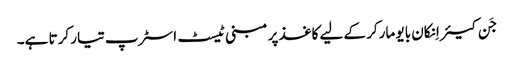
جَن کیئر اِنکان بایو مارکر کے لیے کاغذ پر مبنی ٹیسٹ اسٹرپ تیار کرتا ہے۔